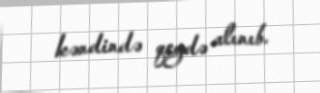
kəndində qeydə alınıb.